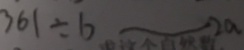
3 6 1 \div b - - 2 a